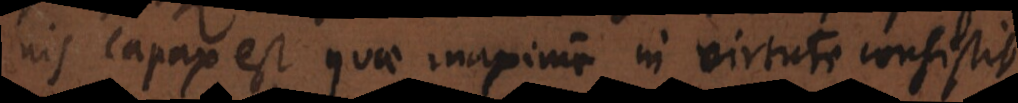
onis capax est quae maxime in virtute consistit,